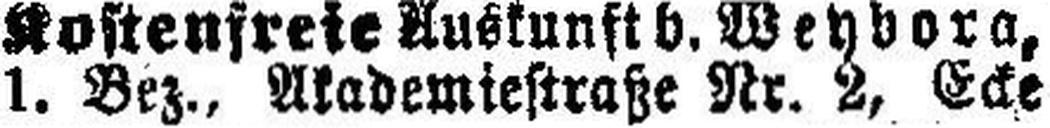
1. Bez., Akademiestraße Nr. 2, Ecke